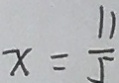
x = \frac { 1 1 } { 5 }